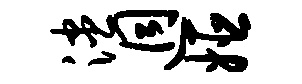
漶迥姬